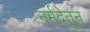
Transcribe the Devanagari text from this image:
नर्मदेतून